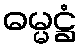
ဓမ္မဋ္ဌံ